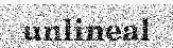
unlineal